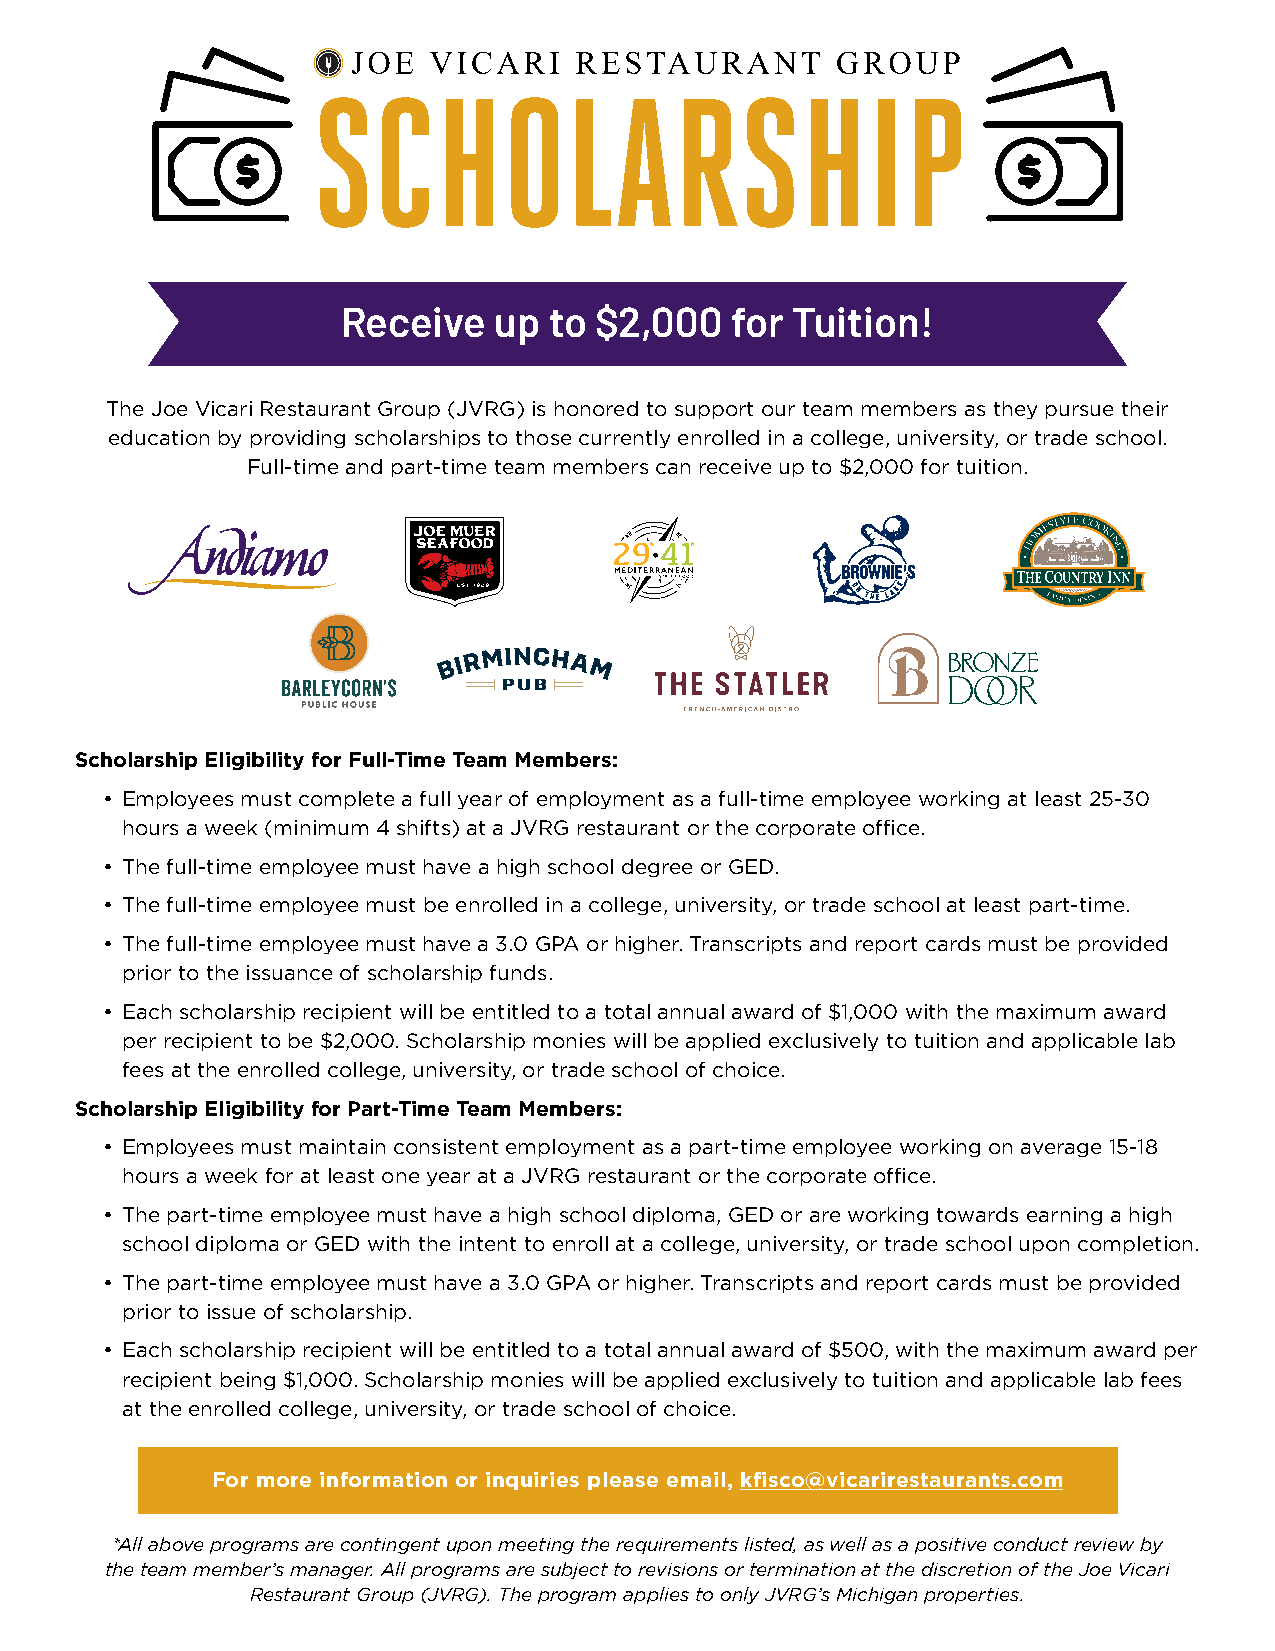
Receive   up to $2,000   for Tuition!
 The Joe Vicari Restaurant Group (JVRG) is honored to support our team members as they pursue their
 education by providing scholarships to those currently enrolled in a college, university, or trade school.
 Full-time and part-time team members can receive up to $2,000 for tuition.
 Scholarship Eligibility for Full-Time Team Members:
 • Employees must complete a full year of employment as a full-time employee working at least 25-30
 hours a week (minimum 4 shifts) at a JVRG restaurant or the corporate office.
 • The full-time employee must have a high school degree or GED.
 • The full-time employee must be enrolled in a college, university, or trade school at least part-time.
 • The full-time employee must have a 3.0 GPA or higher. Transcripts and report cards must be provided
 prior to the issuance of scholarship funds.
 • Each scholarship recipient will be entitled to a total annual award of $1,000 with the maximum award
 per recipient to be $2,000. Scholarship monies will be applied exclusively to tuition and applicable lab
 fees at the enrolled college, university, or trade school of choice.
 Scholarship Eligibility for Part-Time Team Members:
 • Employees must maintain consistent employment as a part-time employee working on average 15-18
 hours a week for at least one year at a JVRG restaurant or the corporate office.
 • The part-time employee must have a high school diploma, GED or are working towards earning a high
 school diploma or GED with the intent to enroll at a college, university, or trade school upon completion.
 • The part-time employee must have a 3.0 GPA or higher. Transcripts and report cards must be provided
 prior to issue of scholarship.
 • Each scholarship recipient will be entitled to a total annual award of $500, with the maximum award per
 recipient being $1,000. Scholarship monies will be applied exclusively to tuition and applicable lab fees
 at the enrolled college, university, or trade school of choice.
 For more information or inquiries please email, kfisco@vicarirestaurants.com
 *All above programs are contingent upon meeting the requirements listed, as well as a positive conduct review by
 the team member’s manager. All programs are subject to revisions or termination at the discretion of the Joe Vicari
 Restaurant Group (JVRG). The program applies to only JVRG’s Michigan properties.